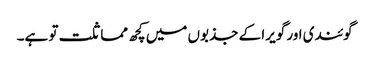
گوئندی اور گویرا کے جذبوں میں کچھ مماثلت تو ہے۔